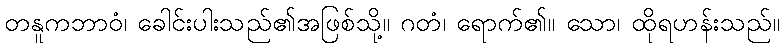
တနူကဘာဝံ၊ ခေါင်းပါးသည်၏အဖြစ်သို့။ ဂတံ၊ ရောက်၏။ သော၊ ထိုရဟန်းသည်။